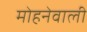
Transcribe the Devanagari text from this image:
मोहनेवाली